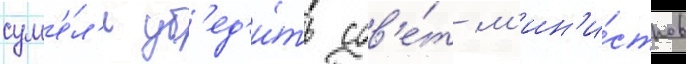
сум'е́л'и уб'ед'и́ть сов'е́т м'ин'и́стров